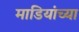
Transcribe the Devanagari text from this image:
माडियांच्या